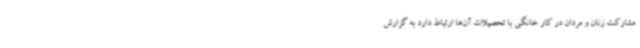
مشارکت زنان و مردان در کار خانگی با تحصیلات آن‌ها ارتباط دارد به گزارش